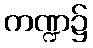
ကဏ္ဍ၌